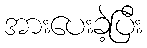
အားပေးခဲ့ပြီး